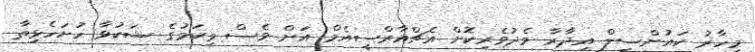
މިހާރު ކައުންސިލް އިދާރާ މެދުވެރިކޮށް އެޗްއާރްސީއެމް އަށް ވެސް މިކަމުގެ ޝަކުވާ ހުށަހެޅިތާ